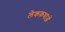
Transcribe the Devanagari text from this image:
लेककथाओं